65_HS1-834228961_62-HQ-83894_Section_10
Agency: FBI
Page 174
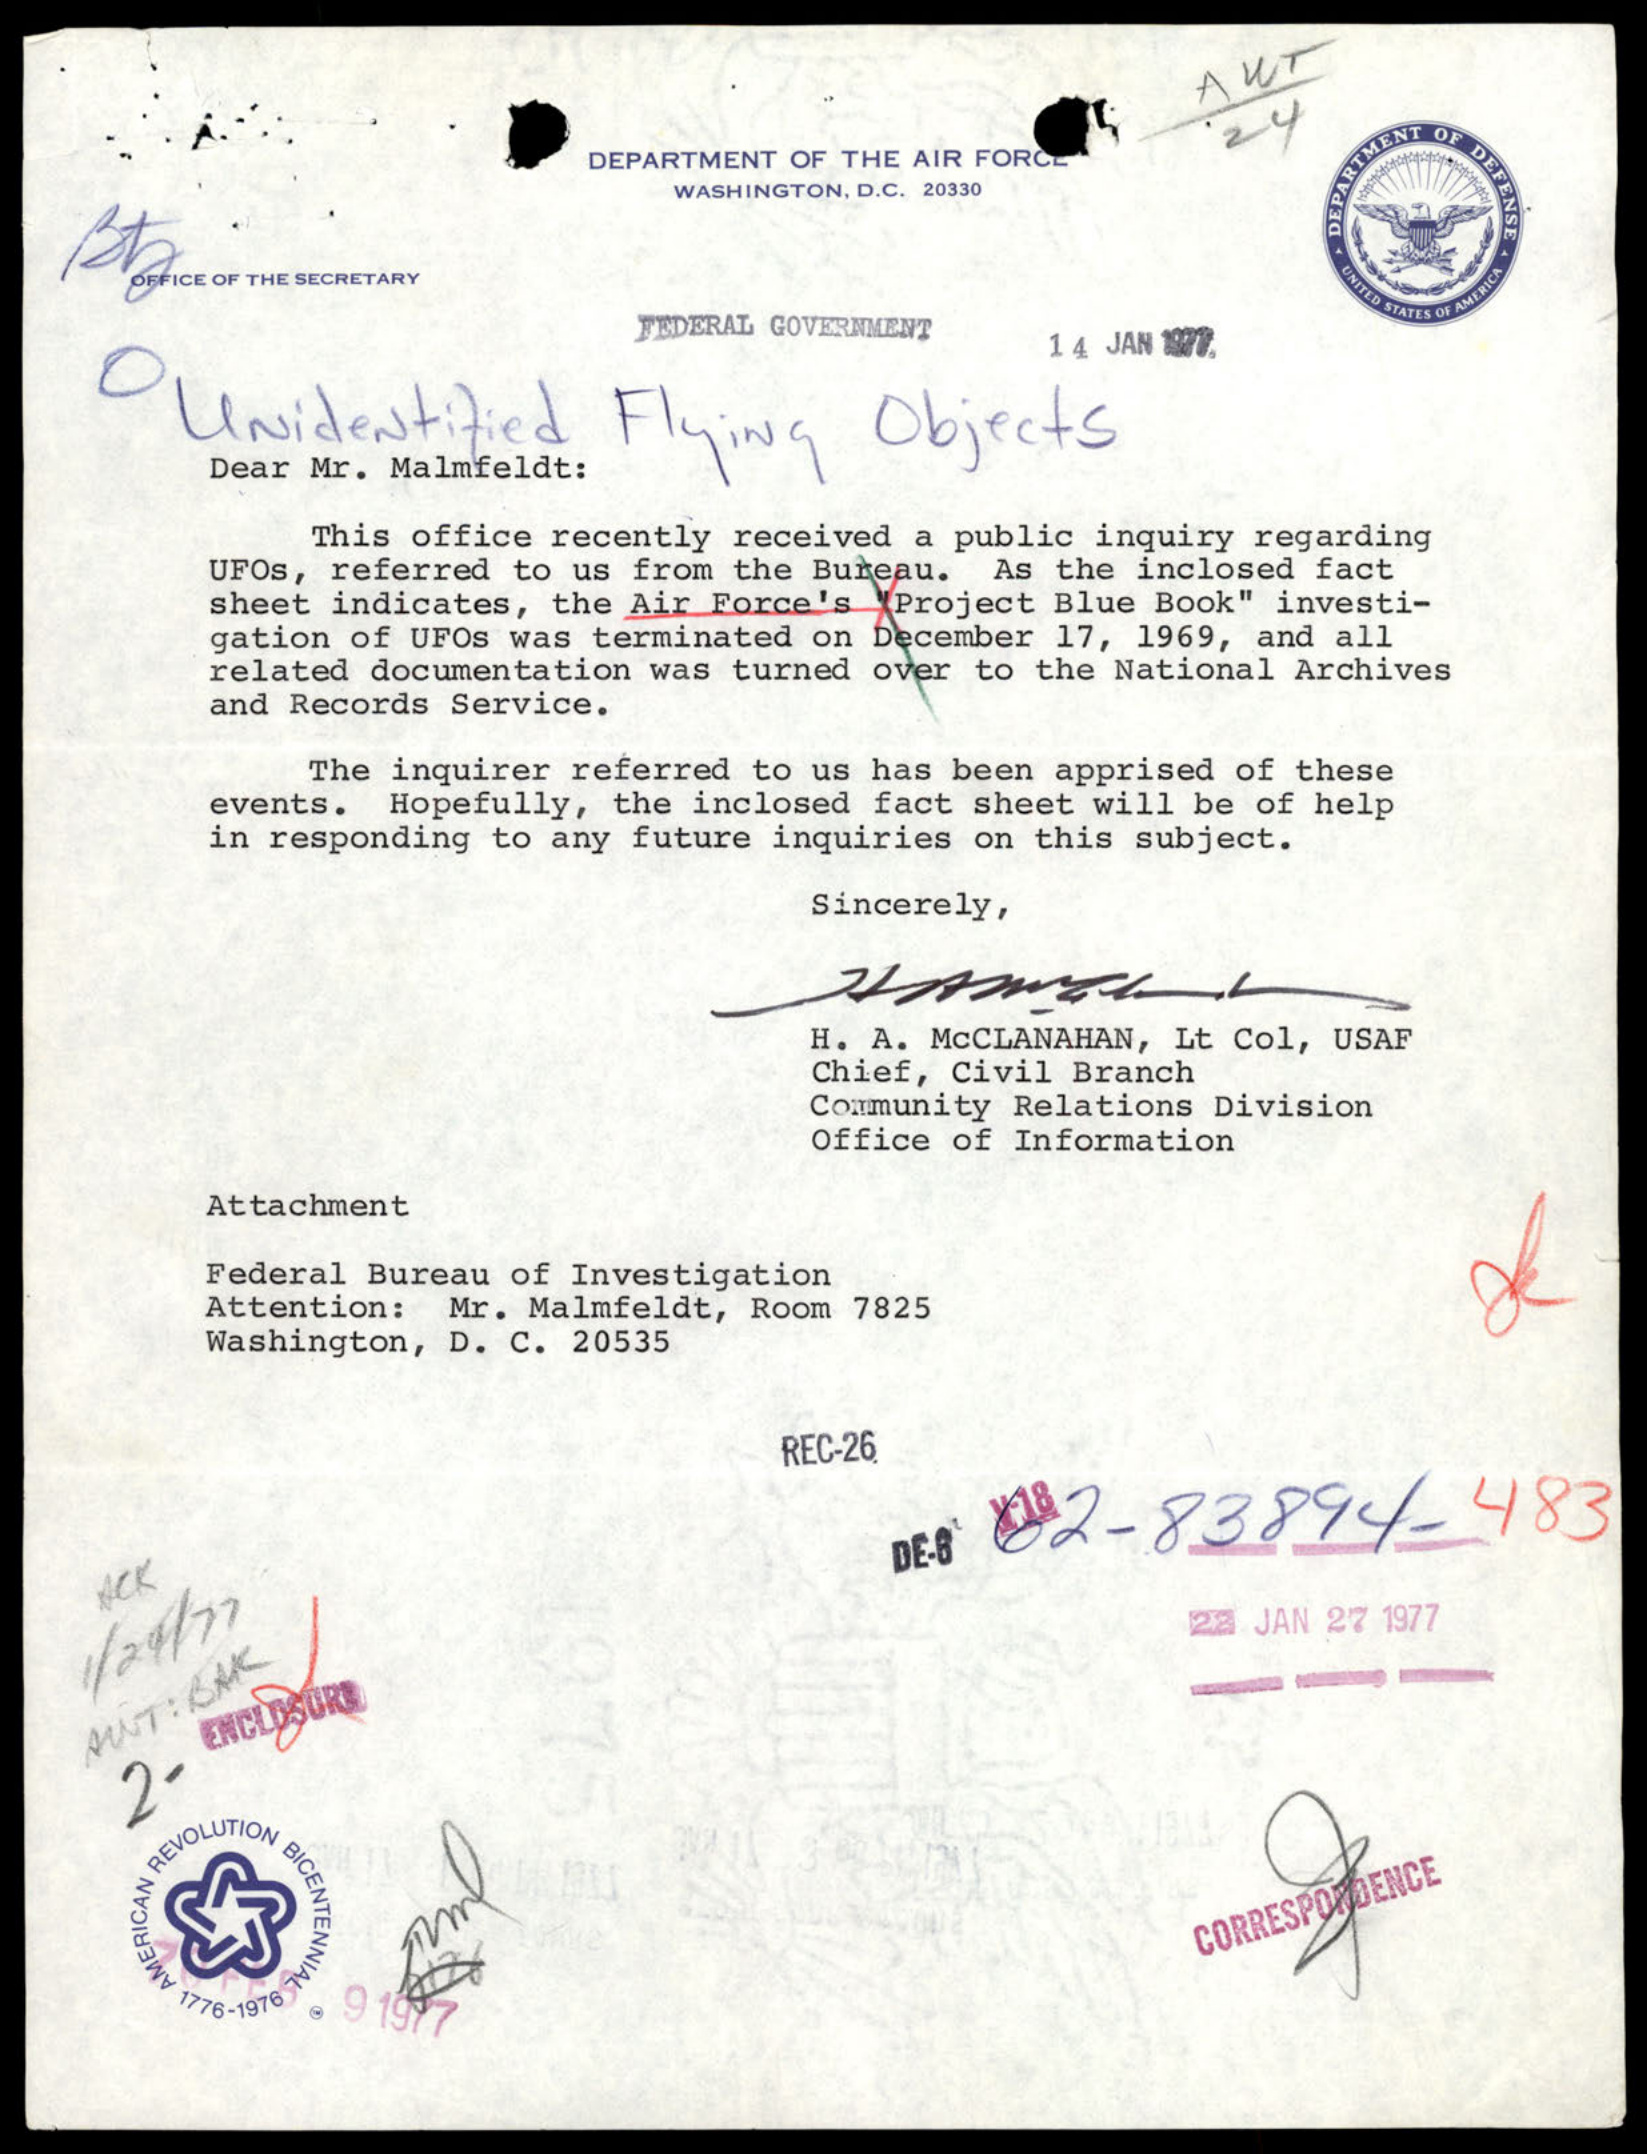